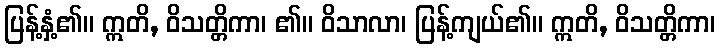
ပြန့်နှံ့၏။ ဣတိ, ဝိသတ္တိကာ၊ ၏။ ဝိသာလာ၊ ပြန့်ကျယ်၏။ ဣတိ, ဝိသတ္တိကာ၊